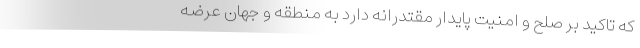
که تاکید بر صلح و امنیت پایدار مقتدرانه دارد به منطقه و جهان عرضه